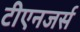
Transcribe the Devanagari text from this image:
टीएनजर्स